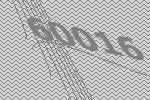
60016